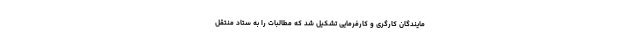
مایندگان کارگری و کارفرمایی تشکیل شد که مطالبات را به ستاد منتقل